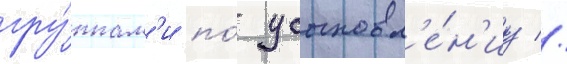
гру́ппам'и по́ усыновл'е́н'иу //